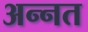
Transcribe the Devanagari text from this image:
अन्नत